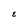
Character: E